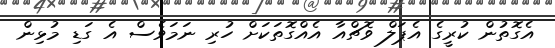
އެގޮތުން ކުރީގެ އެޕަލް ވޮޗްއާ އެއްގޮތަކަށް ހުރި ނަމަވެސް އެ ގަޑި މުޅިން